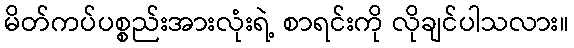
မိတ်ကပ်ပစ္စည်းအားလုံးရဲ့ စာရင်းကို လိုချင်ပါသလား။